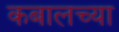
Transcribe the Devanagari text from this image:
कबालच्या